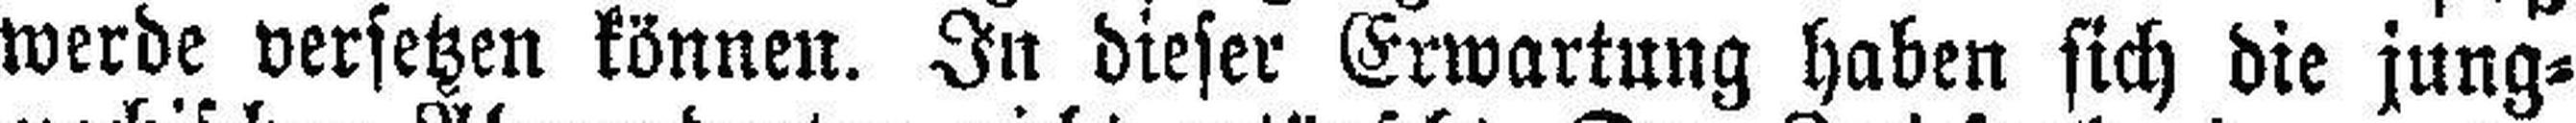
werde versetzen können. In dieser Erwartung haben sich die jung¬